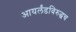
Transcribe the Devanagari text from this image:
आयर्लंडविरुद्धच